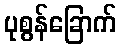
ပုစွန်ခြောက်